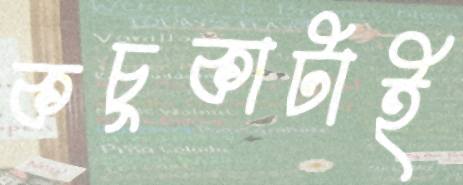
কচুকাটাই